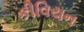
કીવિયન